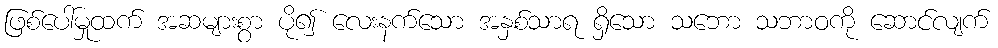
ဖြစ်ပေါ်မှုထက် အဆများစွာ ပို၍ လေးနက်သော အနှစ်သာရ ရှိသော သဘော သဘာဝကို ဆောင်လျက်